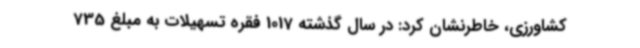
کشاورزی، خاطرنشان کرد: در سال گذشته 1017 فقره تسهیلات به مبلغ 735